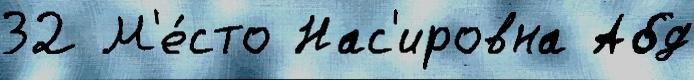
32 М'е́сто Нас'ировна Абд